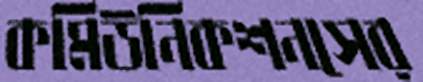
কমিউনিকশনসের